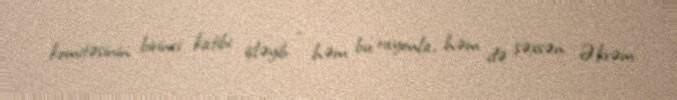
komitəsinin birinci katibi işləyib - həm bu rayonla, həm də şəxsən Əkrəm